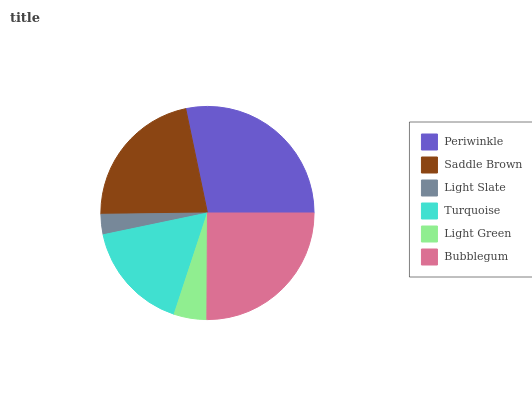
| Periwinkle | Saddle Brown | Light Slate | Turquoise | Light Green | Bubblegum |
 | --- | --- | --- | --- | --- | --- |
 | 28.3% | 21.9% | 3.07% | 16.7% | 4.96% | 25.1% |